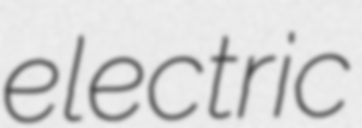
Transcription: electric